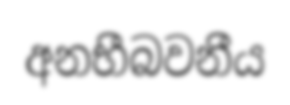
අනභීබවනීය